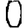
Digit: 0